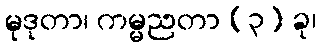
မုဒုတာ၊ ကမ္မညတာ (၃) ခု၊